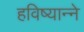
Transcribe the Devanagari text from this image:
हविष्यान्ने